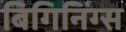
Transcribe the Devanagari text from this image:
बिगिनिंग्स